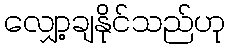
လျှော့ချနိုင်သည်ဟု